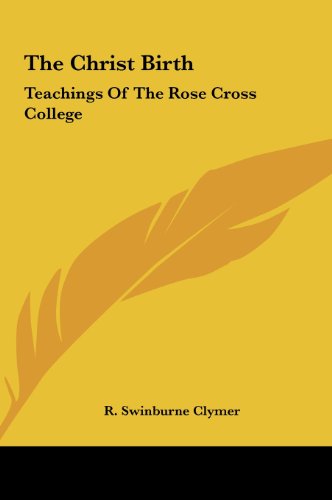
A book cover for The Christ Birth: Teachings Of The Rose Cross College; R. Swinburne Clymer; Computers & Technology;